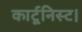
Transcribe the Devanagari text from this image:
कार्टूनिस्ट।